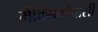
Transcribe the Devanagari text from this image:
मेक्सिकोवासी